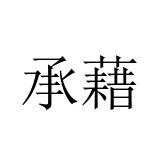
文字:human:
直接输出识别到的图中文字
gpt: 承藉